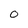
Character: O